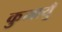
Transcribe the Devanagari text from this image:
कुमायुँ